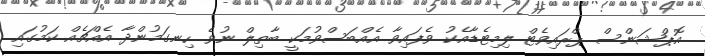
އޮޕްޝަންސް ޕްރައިވެޓް ލިމިޓެޑާއެކު ވެފައިވާ އެއްބަސްވުމަކީ ބާތިލް ނުވެ ހިނގަމުންދާ އެއްޗެއް ކަމުގައި